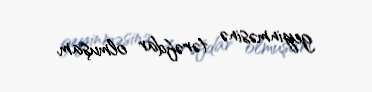
geyinməsinə tərəfdar olmuşam.